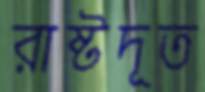
রাষ্টদূত